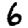
Digit: 6